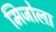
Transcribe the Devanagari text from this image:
मिजोला